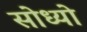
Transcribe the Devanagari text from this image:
सोध्यो